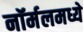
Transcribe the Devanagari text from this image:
नॉर्मलमध्ये